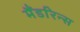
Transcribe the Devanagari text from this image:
मैंडरिन्स